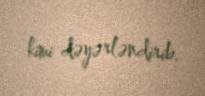
kimi dəyərləndirib.